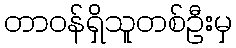
တာဝန်ရှိသူတစ်ဦးမှ